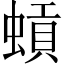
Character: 𫋐